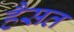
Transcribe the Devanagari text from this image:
हैसत